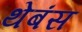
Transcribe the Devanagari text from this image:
थेबंस